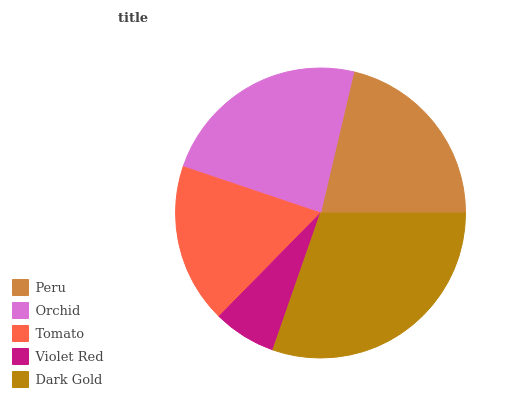
| Peru | Orchid | Tomato | Violet Red | Dark Gold |
 | --- | --- | --- | --- | --- |
 | 21.3% | 23.5% | 17.8% | 7.01% | 30.4% |